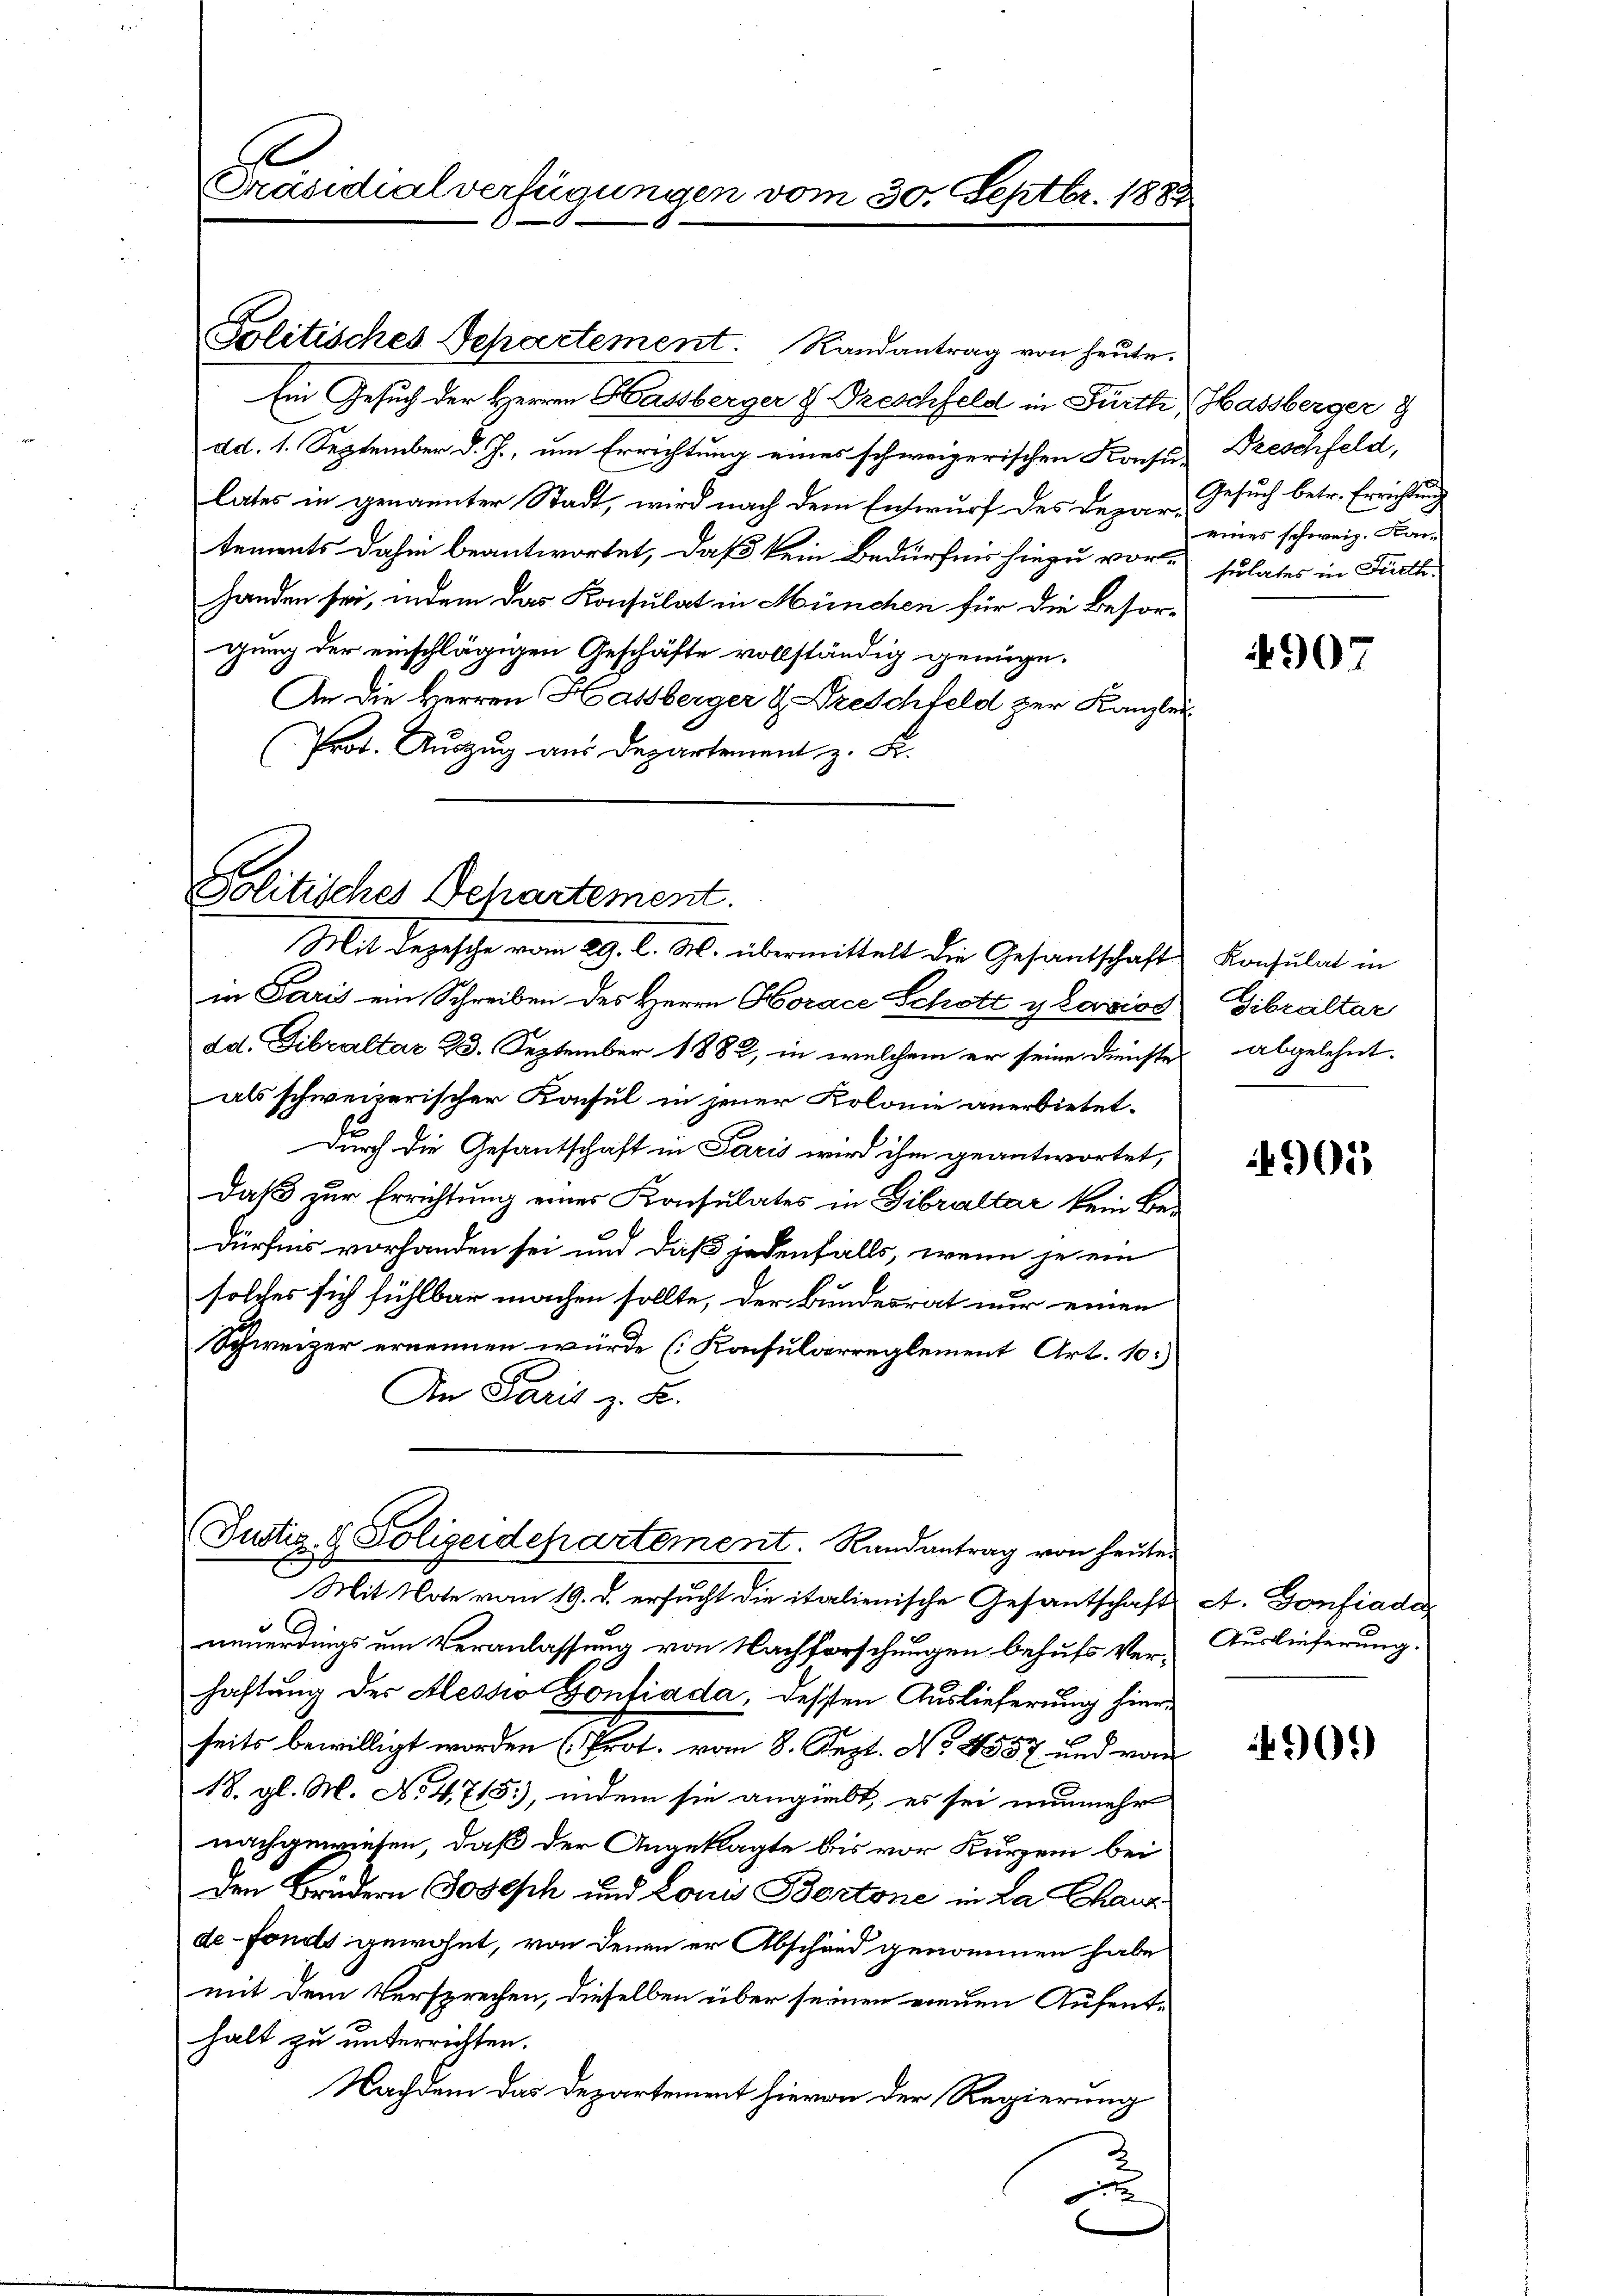
Präsidialverfügungen vom 30. Septbr. 1882

Politisches Departement. Randantrag von heute.
Ein Gesuch der Herren Hassberger & Dreschfeld in Fürth, Hassberger g
dd. 1. September d. J., um Errichtung eines schweizerischen Konsus Dreschfeld,
lates in genannter Stadt, wird nach dem Entwurf des Departements dahin beantwortet, daß kein Bedürfnis hiezu vor, sulates in Frieth
handen sei, indem das Konsulat in München für die Besorgung der einschlägigen Geschäfte vollständig genüge.
An die Herren Hassberger & Dreschfeld zur Kanzlei
Prot. Auszug aus Departement z. B.

Politisches Departement.

(Justiz- & Polizeidepartement. Randantrag von heute.

Mit depesche vom 29. l. M. übermittelt die Gesantschaft Konsulat in
in Paris ein Schreiben des Herrn Horace Schott y Laviod Gibraltar
ad. Fibraltar 23. September 1882, in welchem er seine Dienstes abgelehnt.
als schweizerischer Konsul in jener Kolonie anerbietet.
Durch die Gesantschaft in Paris wird ihm geantwortet,
Daß zur Errichtung eines Konsulates in Gibraltar kein Bedürfens vorhanden sei und daß jedenfalls, wenn je ein
solches sich fühlbar machen sollte, der Bundesrat nur einen
Schweizer ernennen würde (Konsularreglement Art. 10.
.
An Paris z. B.

Gesuch betr. Errichtung
eines schweiz. Kar

Mit Note vom 19. d. ersucht die italienische Gesantschafts A. Confiade
neuerdings um Veranlassung von Nachforschungen behufs Ver-
haftung der Alessio Confiada, dessen Auslieferung hierseits bewilligt worden (Prot. vom 8. Jezt. No. 1857 und vom
18. gl. M. No. 4715), indem sie angiebt, es sei nunmehr
nachgewiesen, daß der Angeklagte bis vor Kurzem bei
Den Brudern Joseph und Louis Bertone in La Chausde-Fonds gewohnt, von denen er Abschand genommen habe
mit dem Versprechen, dieselben über seinen neuen Aufenthalt zu unterrichten.
Nachdem das Departement hievon der Regierung

4907

49015

Auslieferung.

4909